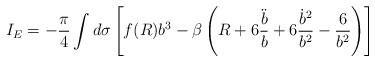
LaTeX: \begin{align*}I_{E} = - \frac{\pi}{4} \int d \sigma \left[f(R) b^{3} - \beta \left( R + 6 \frac{\ddot{b}}{b} + 6 \frac{\dot{b}^{2}}{b^{2}} - \frac{6}{b^{2}} \right) \right]\end{align*}